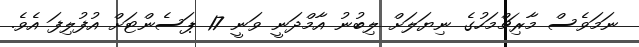
ނަމަވެސް މާރިޗްމަހުގެ ނިޔަލަށް ލިބުނު އާމްދަނީ ވަނީ 17 ޕަސެންޓަށް އުފުލިފަ އެވެ.